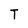
Character: T